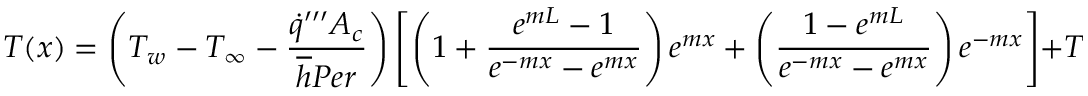
T ( x ) = \left( T _ { w } - T _ { \infty } - \frac { \dot { q } ^ { \prime \prime \prime } A _ { c } } { \overline { { h } } P e r } \right) \left[ \left( 1 + \frac { e ^ { m L } - 1 } { e ^ { - m x } - e ^ { m x } } \right) e ^ { m x } + \left( \frac { 1 - e ^ { m L } } { e ^ { - m x } - e ^ { m x } } \right) e ^ { - m x } \right] + T _ { \infty } + \frac { \dot { q } ^ { \prime \prime \prime } A _ { c } } { \overline { { h } } P e r }